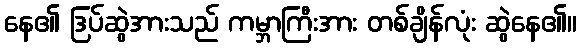
နေ၏ ဒြပ်ဆွဲအားသည် ကမ္ဘာကြီးအား တစ်ချိန်လုံး ဆွဲနေ၏။